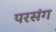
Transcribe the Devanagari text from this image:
परसंग